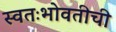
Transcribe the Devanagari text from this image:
स्वतःभोवतीची